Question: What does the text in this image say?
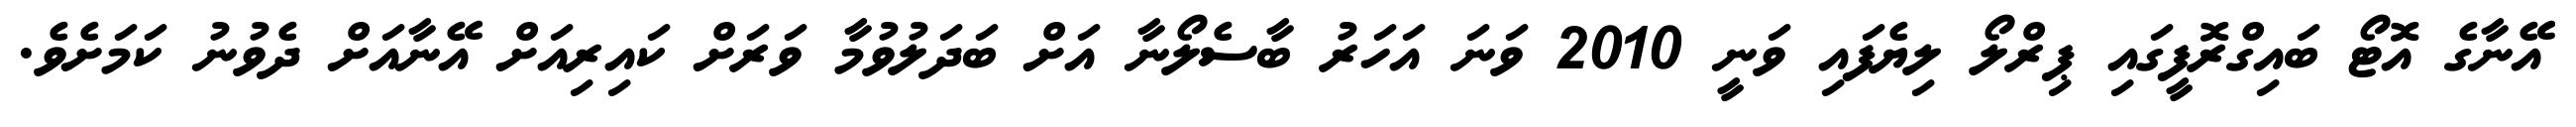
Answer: އޭނާގެ އޮޓޯ ބައިގްރޮފީގައި ޕިރްލޯ ލިޔެފައި ވަނީ 2010 ވަނަ އަހަރު ބާސެލޯނާ އަށް ބަދަލުވުމާ ވަރަށް ކައިރިއަށް އޭނާއަށް ދެވުނު ކަމަށެވެ.